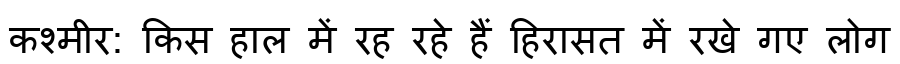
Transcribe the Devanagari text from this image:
कश्मीर: किस हाल में रह रहे हैं हिरासत में रखे गए लोग